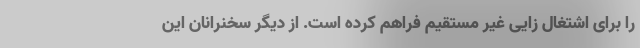
را برای اشتغال زایی غیر مستقیم فراهم کرده است. از دیگر سخنرانان این